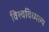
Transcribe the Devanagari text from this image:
विश्वविध्यल्य